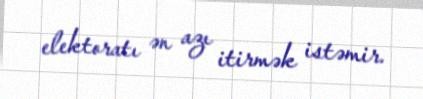
elektoratı ən azı itirmək istəmir.